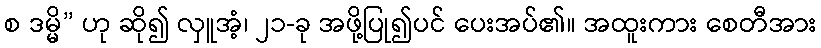
စ ဒမ္မိ” ဟု ဆို၍ လှူအံ့၊ ၂၁-ခု အဖို့ပြု၍ပင် ပေးအပ်၏။ အထူးကား စေတီအား